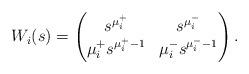
LaTeX: \begin{align*}W_i(s) = \begin{pmatrix} s^{\mu_i^+} & s^{\mu_i^-} \\ \mu_i^+ s^{\mu_i^+-1} & \mu_i^- s^{\mu_i^--1} \end{pmatrix}.\end{align*}